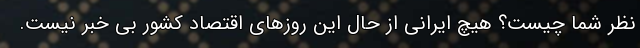
نظر شما چیست؟ هیچ ایرانی از حال این روزهای اقتصاد کشور بی خبر نیست.